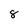
Character: 8